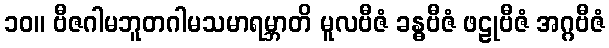
၁၀။ ဗီဇဂါမဘူတဂါမသမာရမ္ဘာတိ မူလဗီဇံ ခန္ဓဗီဇံ ဖဠုဗီဇံ အဂ္ဂဗီဇံ